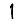
Digit: 1